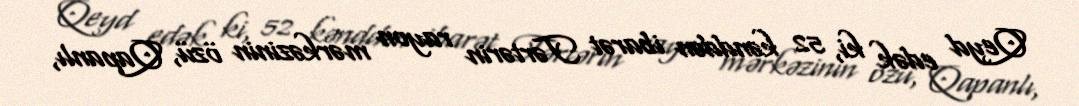
Qeyd edək ki, 52 kənddən ibarət Tərtərin rayon mərkəzinin özü, Qapanlı,